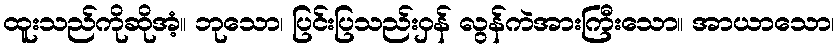
ထူးသည်ကိုဆိုအံ့။ ဘုသော၊ ပြင်းပြသည်းဝှန် လွန်ကဲအားကြီးသော။ အာယာသော၊